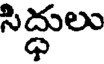
సిద్ధులు